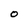
Character: O